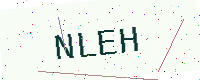
Text: NLEH